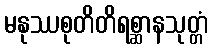
မနုဿစုတိတိရစ္ဆာနသုတ္တံ